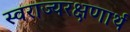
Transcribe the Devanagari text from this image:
स्वराज्यरक्षणार्थ